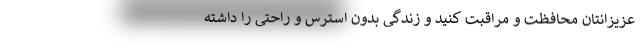
عزیزانتان محافظت و مراقبت کنید و زندگی بدون استرس و راحتی را داشته